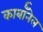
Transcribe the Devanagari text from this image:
कार्बाॅनेल